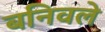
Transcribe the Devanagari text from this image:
बनिवले